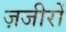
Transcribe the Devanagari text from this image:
ज़जीरों